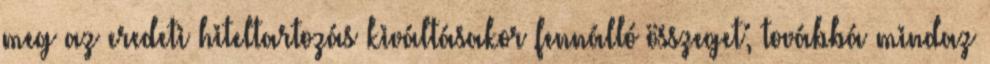
meg az eredeti hiteltartozás kiváltásakor fennálló összeget; továbbá mindaz